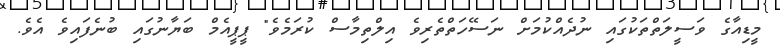
މީޑިއާގެ ވަސީލަތްތަކުގައި ނުދެއްކުމަށް ނަސޭހަތްތެރިވެ އިލްތިމާސް ކުރަމެވެ" ޕީޕީއެމް ބަޔާނުގައި ބުނެފައިވެ އެވެ.